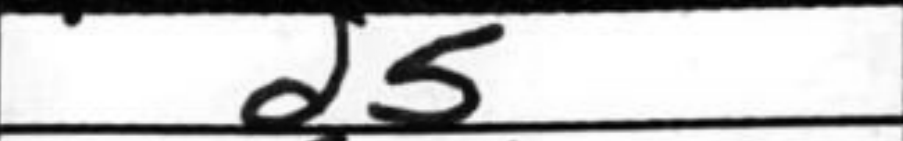
Transcription: d5